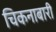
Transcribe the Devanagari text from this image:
चिकनाबारी